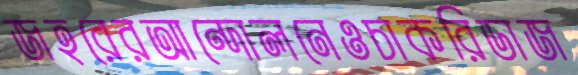
জহরেরআন্দোলনেওচাকরিডাজ